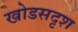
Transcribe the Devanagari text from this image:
खोडसदृश